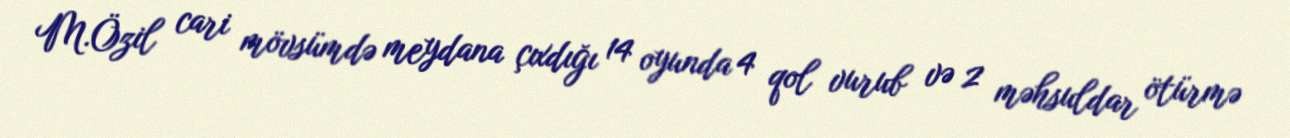
M.Özil cari mövsümdə meydana çıxdığı 14 oyunda 4 qol vurub və 2 məhsuldar ötürmə